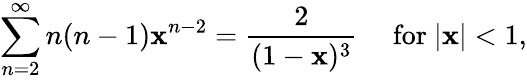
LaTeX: \sum_{n=2}^{\infty}n(n-1)\mathbf{x}^{n-2}={\frac{{2}}{{(1-\mathbf{x})^{3}}}}\quad{\mathrm{{~for~}}}|\mathbf{x}|<1,